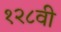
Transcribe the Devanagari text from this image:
१२८वी